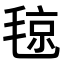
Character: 𣮘